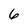
Character: 6